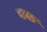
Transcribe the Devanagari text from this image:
पापङ